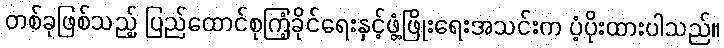
တစ်ခုဖြစ်သည့် ပြည်ထောင်စုကြံ့ခိုင်ရေးနှင့်ဖွံ့ဖြိုးရေးအသင်းက ပံ့ပိုးထားပါသည်။